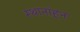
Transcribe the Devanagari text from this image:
स्थानांहून